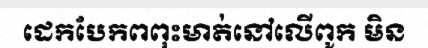
ដេកបែកពពុះមាត់នៅលើពូក មិន